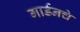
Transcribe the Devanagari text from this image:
गार्डनचे